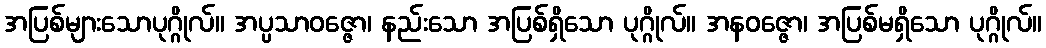
အပြစ်များသောပုဂ္ဂိုလ်။ အပ္ပသာဝဇ္ဇော၊ နည်းသော အပြစ်ရှိသော ပုဂ္ဂိုလ်။ အနဝဇ္ဇော၊ အပြစ်မရှိသော ပုဂ္ဂိုလ်။